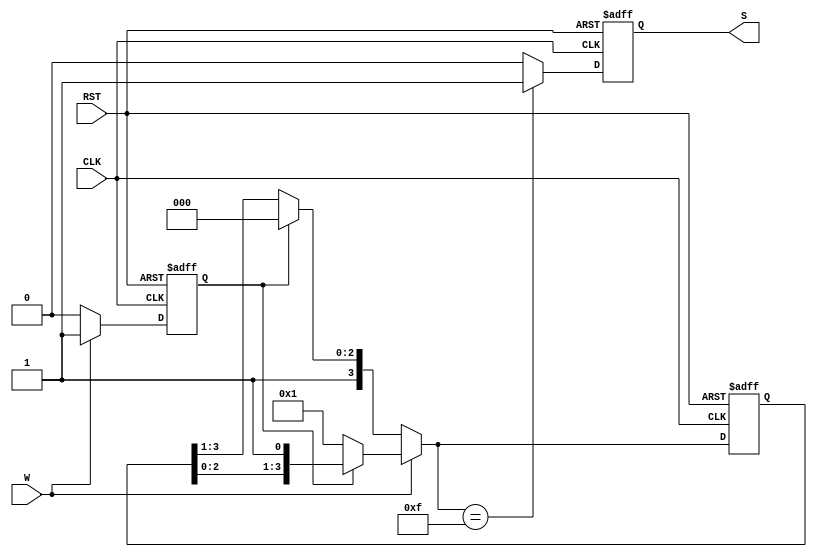
module FSM_1ShiftRegister(
input				CLK, RST, W,
output	reg  	S
);

reg 	[3:0] 	ZerosOnes;
reg				BeforeWasOne;

always @(posedge CLK or negedge RST) 
begin
	if (!RST)
	begin
		ZerosOnes = 4'b0000;
		S = 0;
		BeforeWasOne = 0;
	end 
	else 
	begin
		if (W)
		begin
			if (BeforeWasOne) 
				ZerosOnes = {ZerosOnes[2:0], 1'b1};
			else 
			begin
				ZerosOnes = 4'b0001;
				BeforeWasOne = 1;
			end
		end
		else
			if (BeforeWasOne) 
			begin
				ZerosOnes = 4'b1000;
				BeforeWasOne = 0;
			end
			else
				ZerosOnes = {1'b1, ZerosOnes[3:1]};
		if (ZerosOnes == 4'b1111)
			S = 1;
		else
			S = 0;
	end
end
endmodule